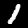
Digit: 1